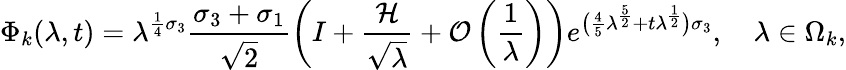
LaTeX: \Phi_{k}(\lambda,t)=\lambda^{\frac{1}{4}\sigma_{3}}\frac{\sigma_{3}+\sigma_{1}}{\sqrt{2}}\left(I+\frac{\mathcal{H}}{\sqrt{\lambda}}+\mathcal{O}\left(\frac{1}{\lambda}\right)\right)e^{\big(\frac{4}{5}\lambda^{\frac{5}{2}}+t\lambda^{\frac{1}{2}}\big)\sigma_{3}},\quad\lambda\in\Omega_{k},